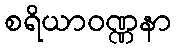
စရိယာဝဏ္ဏနာ